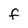
Character: f